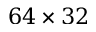
6 4 \times 3 2